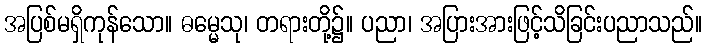
အပြစ်မရှိကုန်သော။ ဓမ္မေသု၊ တရားတို့၌။ ပညာ၊ အပြားအားဖြင့်သိခြင်းပညာသည်။